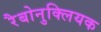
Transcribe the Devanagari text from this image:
रैबोनुक्लियक